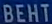
ВЕНТ